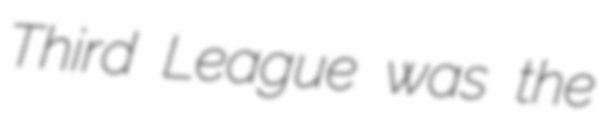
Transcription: Third League was the